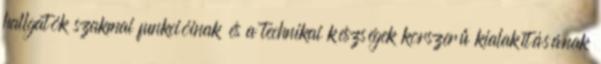
hallgatók szakmai funkcióinak és a technikai készségek korszerű kialakításának